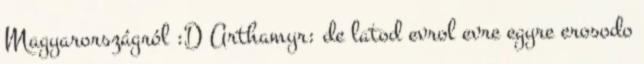
Magyarországról :D Arthamyr: de latod evrol evre egyre erosodo